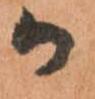
か